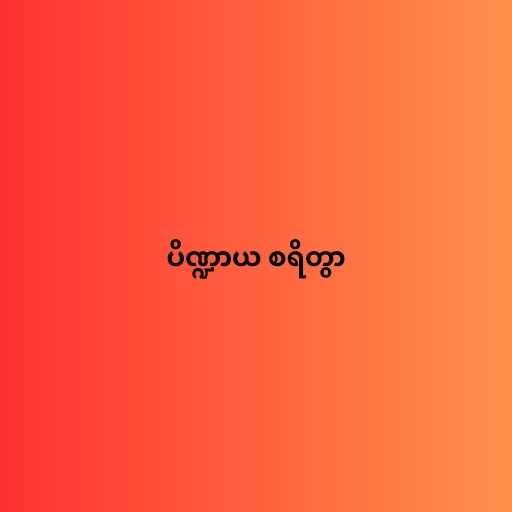
ပိဏ္ဍာယ စရိတွာ